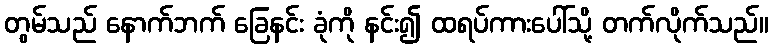
တွမ်သည် နောက်ဘက် ခြေနင်း ခုံကို နင်း၍ ထရပ်ကားပေါ်သို့ တက်လိုက်သည်။